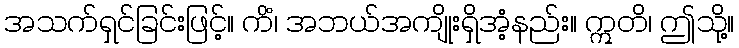
အသက်ရှင်ခြင်းဖြင့်။ ကိံ၊ အဘယ်အကျိုးရှိအံ့နည်း။ ဣတိ၊ ဤသို့။